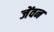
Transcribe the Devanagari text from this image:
जेंवन